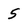
Character: 5